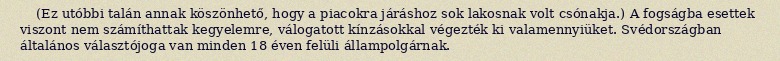
(Ez utóbbi talán annak köszönhető, hogy a piacokra járáshoz sok lakosnak volt csónakja.) A fogságba esettek viszont nem számíthattak kegyelemre, válogatott kínzásokkal végezték ki valamennyiüket. Svédországban általános választójoga van minden 18 éven felüli állampolgárnak.